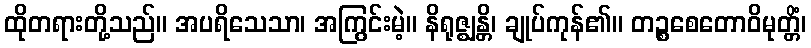
ထိုတရားတို့သည်။ အပရိသေသာ၊ အကြွင်းမဲ့။ နိရုဇ္ဈန္တိ၊ ချုပ်ကုန်၏။ တဉ္စစေတောဝိမုတ္တိံ၊